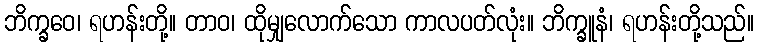
ဘိက္ခဝေ၊ ရဟန်းတို့။ တာဝ၊ ထိုမျှလောက်သော ကာလပတ်လုံး။ ဘိက္ခူနံ၊ ရဟန်းတို့သည်။